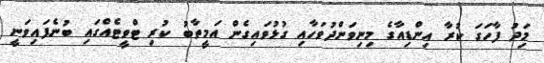
މިަދު ފާހަގަ ކުރާ އިންޑިއާގެ މިނިވަންދުވަހާއި ގުޅުވައިގެން އަމީތާބު ކުރި ޓްވީޓެއްގައި ބުނެފައިވަނީ